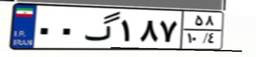
۵۳گ۹۲۱۱۴